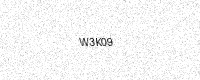
Text: W3K09